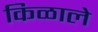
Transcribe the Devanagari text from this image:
किळाले